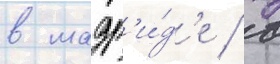
в мадр'и́д'е / в